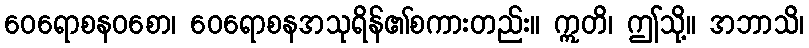
ဝေရောစနဝစော၊ ဝေရောစနအသုရိန်၏စကားတည်း။ ဣတိ၊ ဤသို့။ အဘာသိ၊